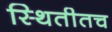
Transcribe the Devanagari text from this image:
स्थितीतच